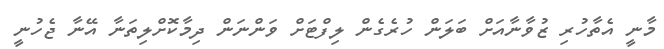
މާނީ އެތާހުރި ޒުވާނާއަށް ބަލަން ހުރެގެން ލިފްޓަށް ވަންނަން ދިމާކޮށްލިތަނާ އޭނާ ޖެހުނީ